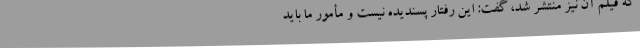
که فیلم آن نیز منتشر شد، گفت: این رفتار پسندیده نیست و مأمور ما باید